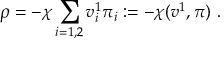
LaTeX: \rho = - \chi \sum _ { i = 1 , 2 } v _ { i } ^ { 1 } \pi _ { i } : = - \chi ( v ^ { 1 } , \pi ) \ .